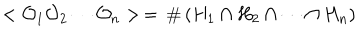
LaTeX: < { \cal O } _ { 1 } { \cal O } _ { 2 } \cdots { \cal O } _ { n } > \, = \, \# \left( H _ { 1 } \cap H _ { 2 } \cap \cdots \cap H _ { n } \right)